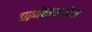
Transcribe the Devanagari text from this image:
हाइमेनाम्‌ॅटरा